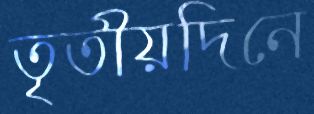
তৃতীয়দিনে